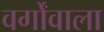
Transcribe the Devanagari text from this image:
वर्गोंवाला